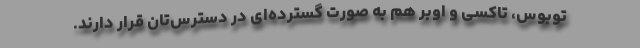
توبوس، تاکسی و اوبر هم به صورت گسترده‌ای در دسترس‌تان قرار دارند.